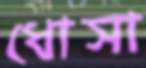
ধোসা